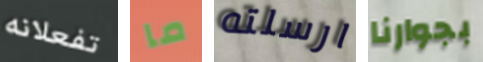
تفعلانه ما ارسلته بجوارنا